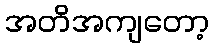
အတိအကျတော့